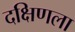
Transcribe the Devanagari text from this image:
दक्षिणला